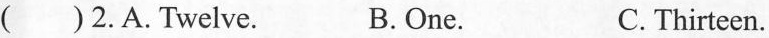
( )2.A.Twelve. B.One. C.Thirteen.